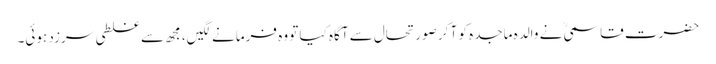
حضرت قاسمیؒ نے والدہ ماجدہ کو آ کر صورتحال سے آگاہ کیا تو وہ فرمانےلگیں، مجھ سے غلطی سرزد ہوئی۔